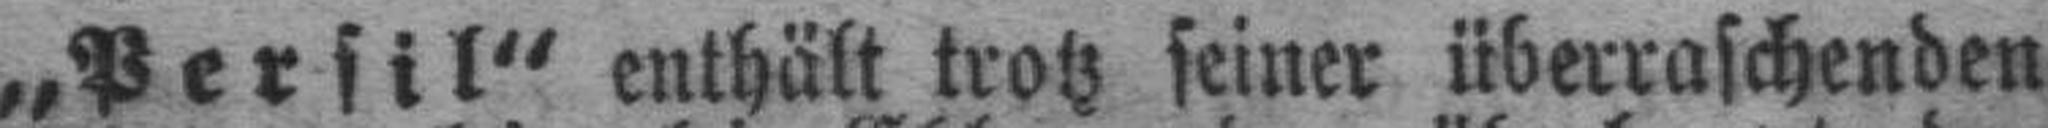
„Persil“ enthält trotz seiner überraschenden